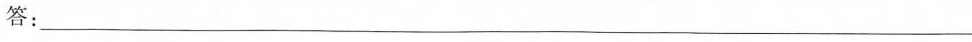
答：___